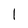
Character: I